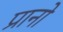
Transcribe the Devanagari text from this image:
प्रानो